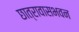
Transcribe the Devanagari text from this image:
छात्रावासभवन